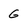
Character: G